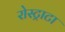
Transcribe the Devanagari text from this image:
रोस्ट्राटा